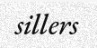
sillers